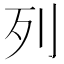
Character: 列